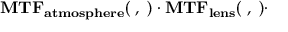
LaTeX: \mathbf { M T F _ { a t m o s p h e r e } ( \xi , \eta ) \cdot M T F _ { l e n s } ( \xi , \eta ) \cdot }